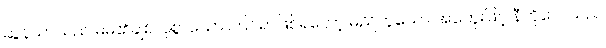
ဆွန်ယာသည် မိမိ၏ချစ်လှစွာသော ကြင်ရာဖြစ်ရတော့ မည်ဟူသော အတွေးဖြင့် နီကိုလေသည်